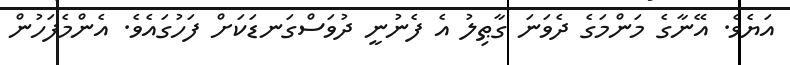
އަޔެވެ. އޭނާގެ މަންމަގެ ދެވަނަ ގާޠިލު އެ ފެނުނީ ދުވަސްގަނޑަކަށް ފަހުގައެވެ. އެންމެފަހުން